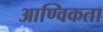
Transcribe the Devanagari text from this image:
आण्विकता